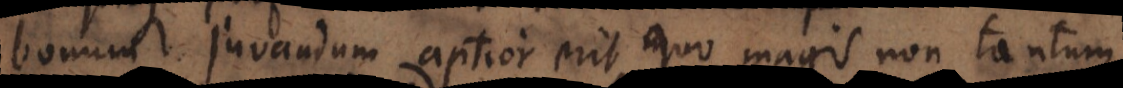
bonum juvandum aptior erit, quo magis non tantum